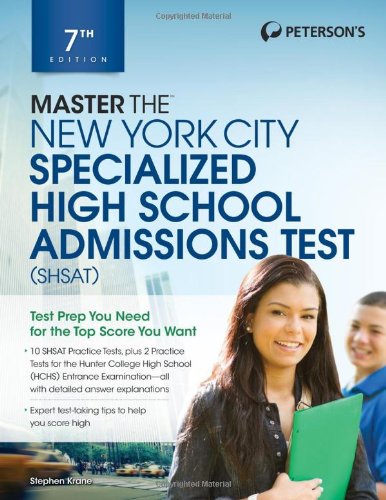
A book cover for Master the New York City Specialized High School Admissions Test (Peterson's Master the New York City Specialized High Schools Admiss); Stephen Krane; Test Preparation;